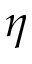
\eta